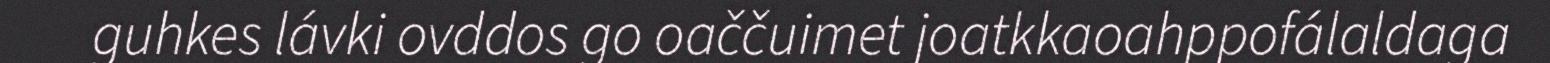
guhkes lávki ovddos go oaččuimet joatkkaoahppofálaldaga